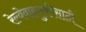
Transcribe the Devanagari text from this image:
रेल्वेवाहतुकीसाठी